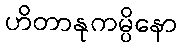
ဟိတာနုကမ္ပိနော